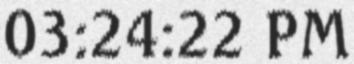
03:24:22 PM